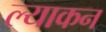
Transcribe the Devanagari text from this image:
ल्याकन